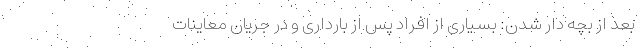
بعد از بچه‌ دار شدن: بسیاری از افراد پس از بارداری و در جریان معاینات